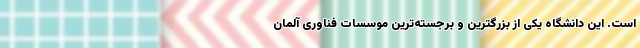
است. این دانشگاه یکی از بزرگترین و برجسته‌ترین موسسات فناوری آلمان